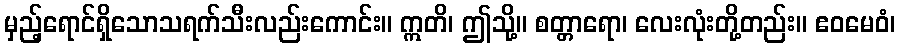
မှည့်ရောင်ရှိသောသရက်သီးလည်းကောင်း။ ဣတိ၊ ဤသို့။ စတ္တာရော၊ လေးလုံးတို့တည်း။ ဧဝမေဝံ၊